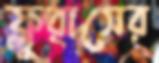
ফ্লুরাসের